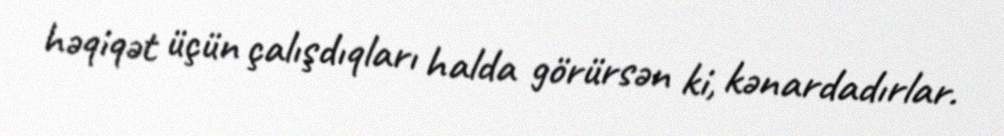
həqiqət üçün çalışdıqları halda görürsən ki, kənardadırlar.